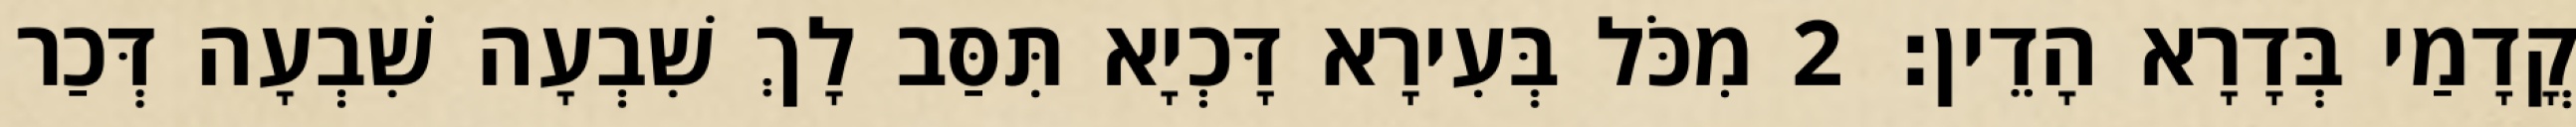
קֳדָמַי בְּדָרָא הָדֵין׃ 2 מִכֹּל בְּעִירָא דָּכְיָא תִּסַּב לָךְ שִׁבְעָה שִׁבְעָה דְּכַר